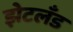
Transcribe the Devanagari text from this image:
झेटलँड